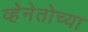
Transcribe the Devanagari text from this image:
व्हेनेतोच्या